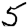
Digit: 5